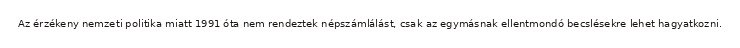
Az érzékeny nemzeti politika miatt 1991 óta nem rendeztek népszámlálást, csak az egymásnak ellentmondó becslésekre lehet hagyatkozni.